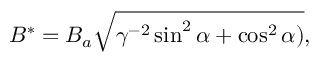
B ^ { * } = B _ { a } \sqrt { \gamma ^ { - 2 } \sin ^ { 2 } \alpha + \cos ^ { 2 } \alpha ) } ,